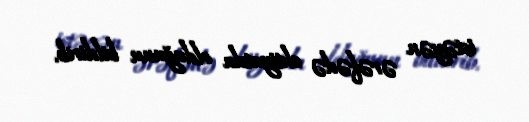
istəyən ərəfədə ehtiyatda olduğunu bildirib.